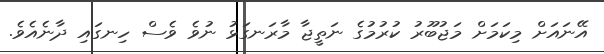
އޭނައަށް މިކަމަށް މަޖުބޫރު ކުރުމުގެ ނަތީޖާ މާރަނގަޅު ނުވެ ވެސް ހިނގައި ދާނެއެވެ.